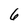
Character: 6